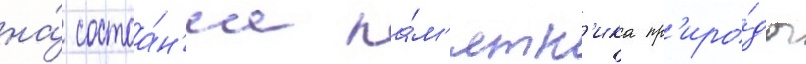
на́ состоа́н'ие па́м'ятн'ика пр'иро́ды